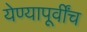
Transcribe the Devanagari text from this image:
येण्यापूर्वींच